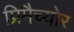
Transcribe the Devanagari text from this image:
प्रिमैच्योर